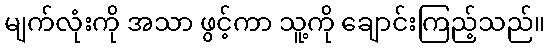
မျက်လုံးကို အသာ ဖွင့်ကာ သူ့ကို ချောင်းကြည့်သည်။